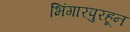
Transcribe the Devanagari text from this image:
भिंगारपुरहून